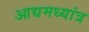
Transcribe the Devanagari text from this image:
आद्यमध्यांत्र